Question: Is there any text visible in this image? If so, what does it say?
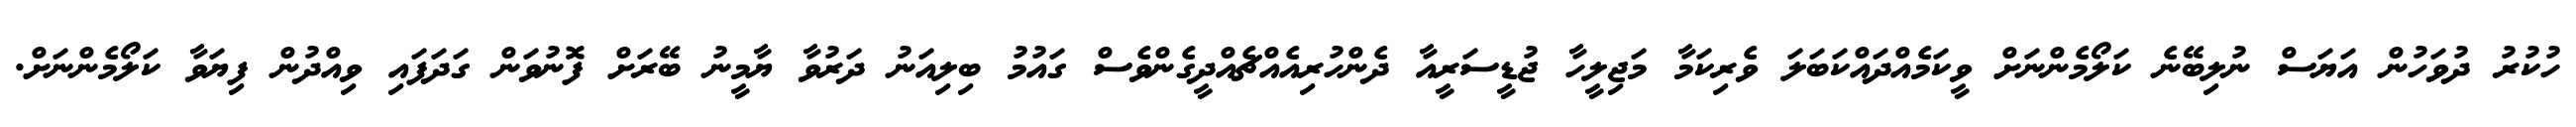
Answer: ހުކުރު ދުވަހުން އަޔަސް ނުލިބޭނެ ކަލޯމެންނަށް ވީކަމެއްދައްކަބަލަ ވެރިކަމާ މަޖިލީހާ ޖުޑީސަރީއާ ދެންހުރިއެއްޗެއްދީގެންވެސް ގައުމު ބިލިއަނު ދަރުވާ ޔާމީނު ބޭރަށް ފޮނުވަން ގަދަފައި ވިއްދުން ފިޔަވާ ކަލޯމެންނަށް.